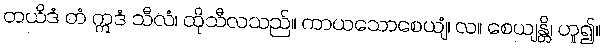
တယိဒံ တံ ဣဒံ သီလံ၊ ထိုသီလသည်။ ကာယသောစေယျံ၊ လ။ စေယျန္တိ၊ ဟူ၍။